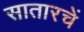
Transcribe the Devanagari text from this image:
सातारचें